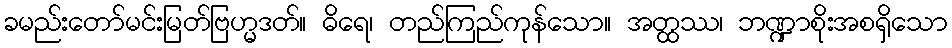
ခမည်းတော်မင်းမြတ်ဗြဟ္မဒတ်။ ဓိရေ၊ တည်ကြည်ကုန်သော။ အတ္ထဿ၊ ဘဏ္ဍာစိုးအစရှိသော